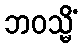
ဘဝသ္မိံ